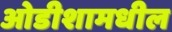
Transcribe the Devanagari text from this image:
ओडीशामधील